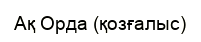
Ақ Орда (қозғалыс)